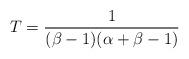
LaTeX: \begin{align*}T=\frac{1}{(\beta-1)(\alpha+\beta-1)}\end{align*}